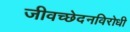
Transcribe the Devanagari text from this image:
जीवच्छेदनविरोधी